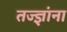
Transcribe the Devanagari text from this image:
तज्‍ज्ञांना